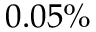
0 . 0 5 \%